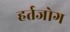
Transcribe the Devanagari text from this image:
हर्तजोग